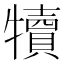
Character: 犢